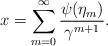
LaTeX: \begin{align*}x=\sum_{m=0}^\infty\frac{\psi(\eta_m)}{\gamma^{m+1}}.\end{align*}